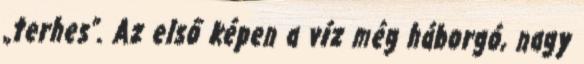
„terhes”. Az első képen a víz még háborgó, nagy